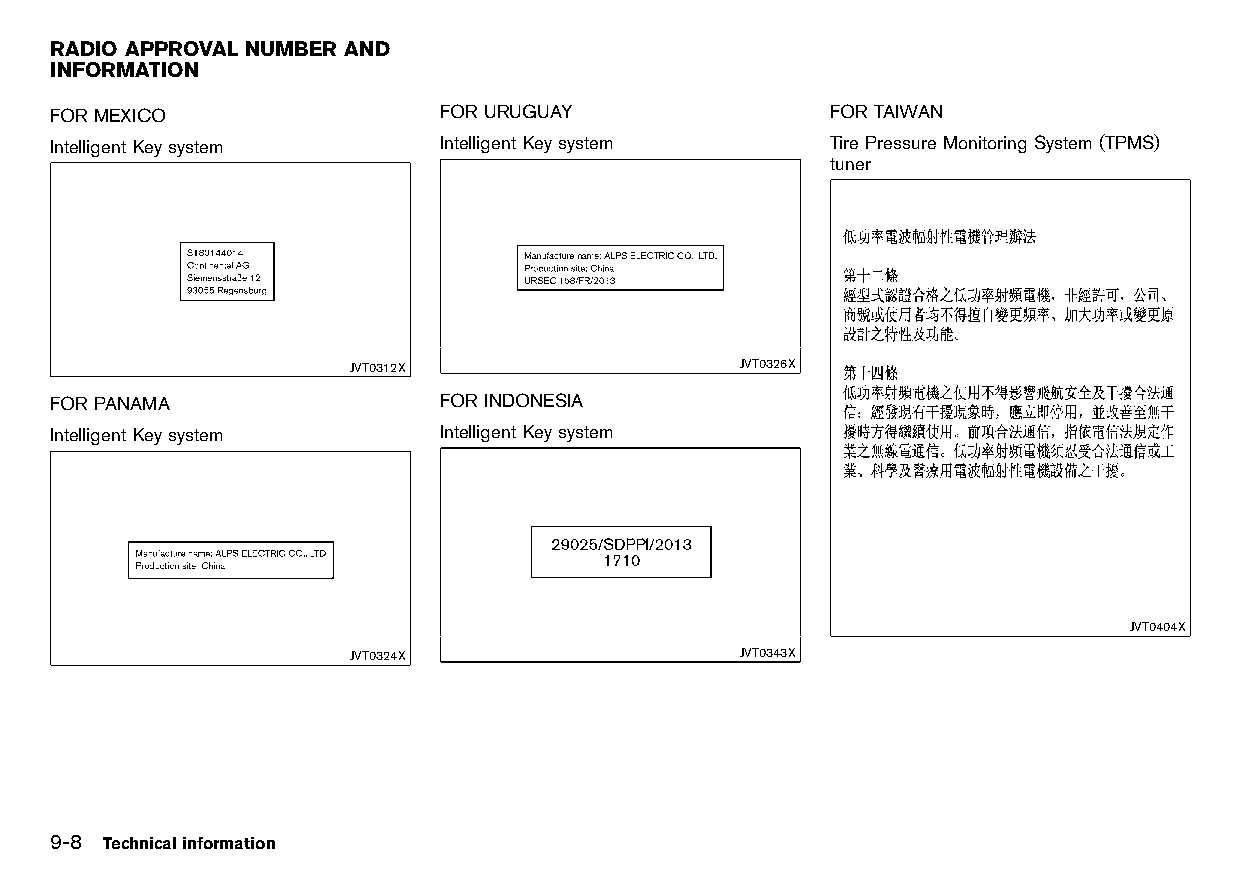
(280,1)
 RADIO APPROVAL NUMBER AND
 INFORMATION
 HT32A1-36B2AD46-ACF6-4278-9267-863257312E4E
 FORMEXICO                 FORURUGUAY                FORTAIWAN
 HT32A1-9271BB9E-F1EE-4987-9A05-3B5A75487A1F HT32A1-605531B9-5525-4817-A682-97B29BBFADE8 GUID-7005C1E9-F65B-4F68-98A7-41FCF54921BB
 Intelligent Keysystem     Intelligent Keysystem     Tire Pressure Monitoring System(TPMS)
 HT32A1-B9A6986A-A449-4C4B-91DB-FABD3905A879 HT32A1-452E13E7-CF1F-4713-B021-D43346441102 tuner
 GUID-8BB5A65F-9AF8-4A20-BB04-CE88E3830D3C
 JVT0312X                  JVT0326X
 FORPANAMA                 FORINDONESIA
 HT32A1-14B770E9-2104-4F2B-A5F4-B02BDF477F3C HT32A1-E911F33B-73F3-413A-8E82-5A796A109560
 Intelligent Keysystem     Intelligent Keysystem
 HT32A1-75C05261-3C63-4689-8F52-B30A7DDFCD28 HT32A1-F999AE0E-E12C-415C-A9CA-13CA2F130FE0
 JVT0404X
 JVT0324X                  JVT0343X
 9-8 Technicalinformation
 Condition:                        [Edit:2015/8/24 Model: HT32-A]